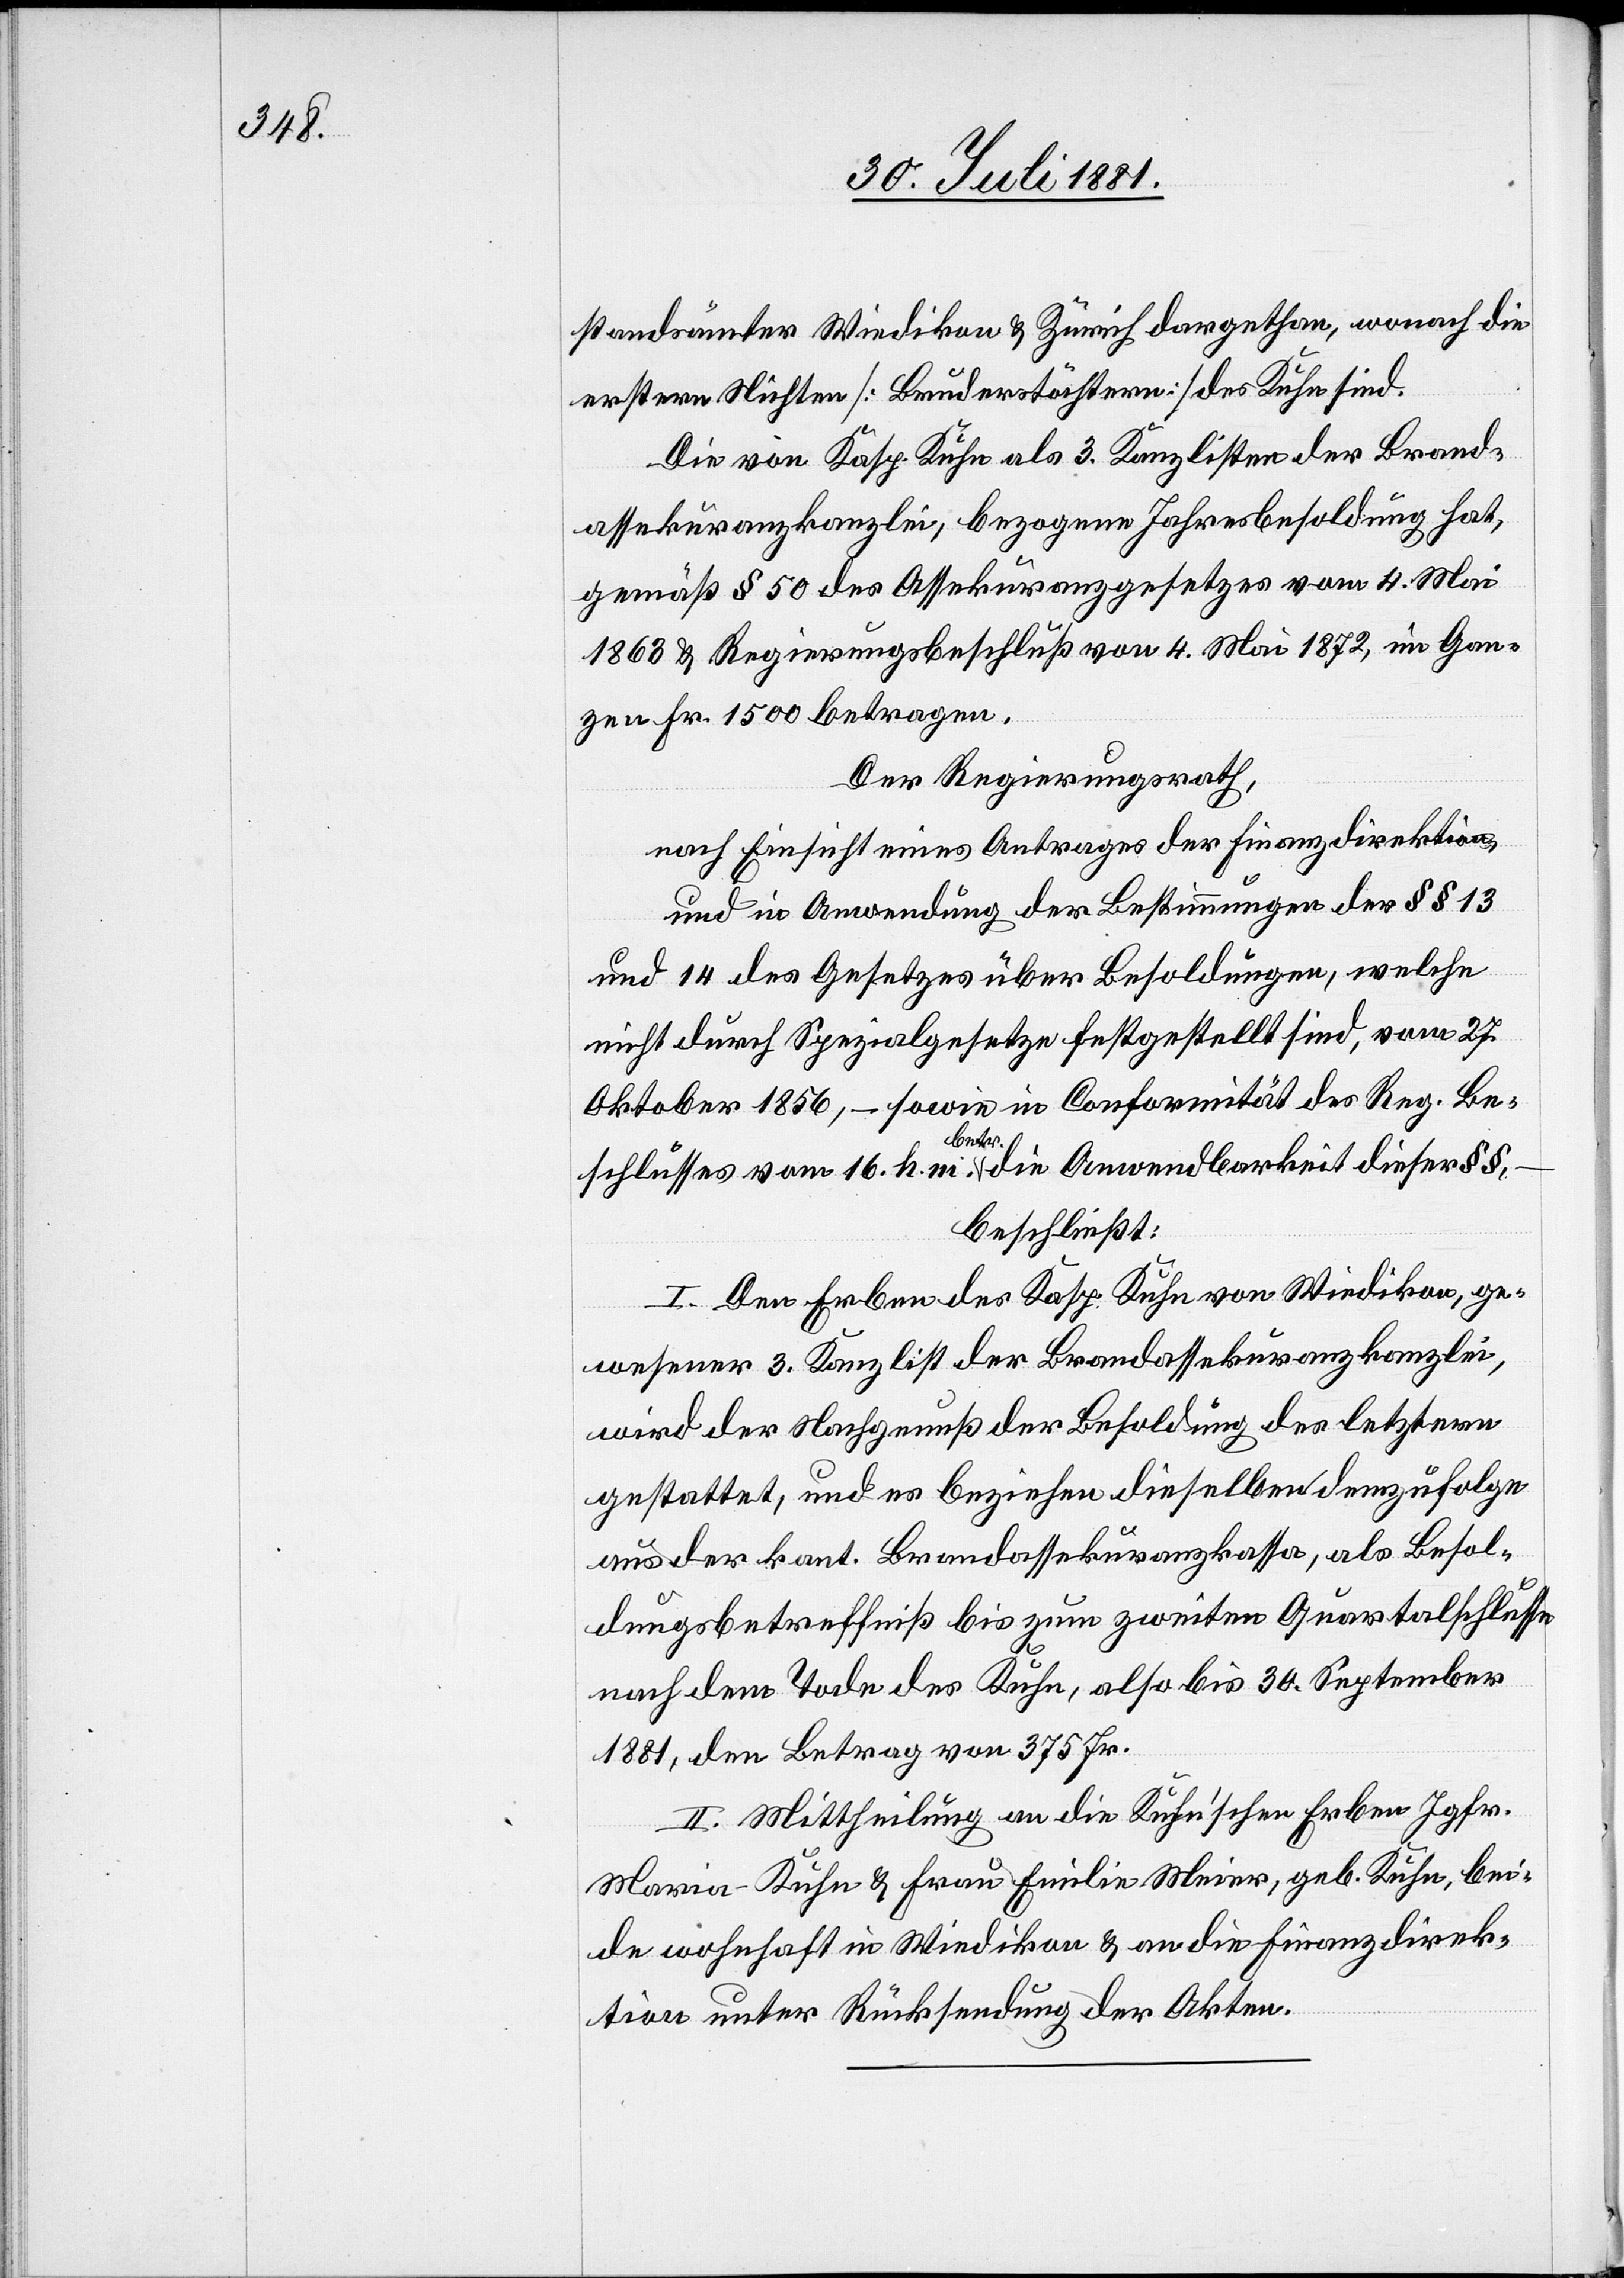
standsämter Wiedikon & Zürich dargethan, wonach die
erstern Nichten [Bruderstöchtern] des Kuhn sind.
Die von Kasp. Kuhn als 3. Kanzlisten der Brand¬
assekuranzkanzlei, bezogene Jahresbesoldung hat,
gemäß § 50 des Assekuranzgesetzes vom 4. Mai
1863 & Regierungsbeschluß von [sic!] 4. Mai 1872, im Gan¬
zen Fr. 1500 betragen.
Der Regierungsrath,
nach Einsicht eines Antrages der Finanzdirektion,
und in Anwendung der Bestimmungen der §§ 13
und 14 des Gesetzes über Besoldungen, welche
nicht durch Spezialgesetze festgestellt sind, vom 27.
Oktober 1856, sowie in Conformität des Reg. Be¬
schlusses vom 16. h. m. betr. die Anwendbarkeit dieser §§,
beschließt:
I. Den Erben des Kasp. Kuhn von Wiedikon, ge¬
wesener 3. Kanzlist der Brandassekuranzkanzlei,
wird der Nachgenuß der Besoldung des letztern
gestattet, und es beziehen dieselben demzufolge
aus der kant. Brandassekuranzkassa, als Besol¬
dungsbetreffniß bis zum zweiten Quartalschlusse
nach dem Tode des Kuhn, also bis 30. September
1881, den Betrag von 375 Fr.
II. Mittheilung an die Kuhn’schen Erben Jgfr.
Maria Kuhn & Frau Emilia Meier, geb. Kuhn, bei¬
de wohnhaft in Wiedikon & an die Finanzdirek¬
tion unter Rücksendung der Akten.